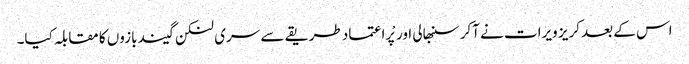
اس کے بعد کریز ویرات نے آکر سنبھالی اور پْراعتماد طریقے سے سری لنکن گیند بازوں کا مقابلہ کیا۔